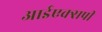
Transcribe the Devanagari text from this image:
आईएक्सपी